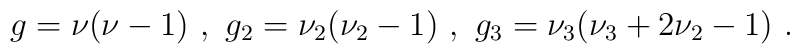
g = \nu(\nu - 1)\ ,\ g_{2} = \nu_{2}(\nu_{2} - 1)\ , \ g_{3} =\nu_{3}(\nu_{3} + 2\nu_{2} - 1)\ .